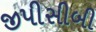
જીપીસીબી